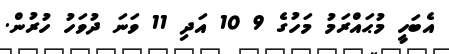
އެބަހީ މުޙައްރަމު މަހުގެ 9 10 އަދި 11 ވަނަ ދުވަހު ހުރުން.